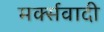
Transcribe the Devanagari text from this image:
मर्क्सवादी